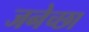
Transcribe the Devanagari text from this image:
जनेच्छा